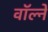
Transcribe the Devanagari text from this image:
वॉल्ने